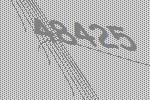
48425